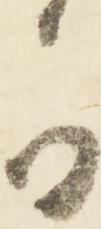
可